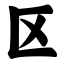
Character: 区